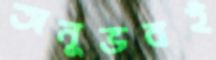
অনুভবই